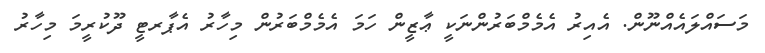
މަސައްލައެއްނޫން. އެއިރު އެމެމްބަރުންނަކީ ޢާޒީން ހަމަ އެމެމްބަރުން މިހާރު އެޕާރޓީ ދޫކުރީމަ މިހާރު